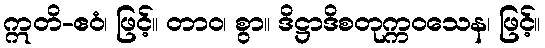
ဣတိ-ဧဝံ၊ ဖြင့်။ တာဝ၊ စွာ။ ဒိဋ္ဌာဒိစတုက္ကဝသေန၊ ဖြင့်။